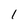
Character: 1